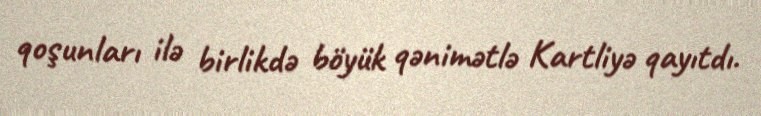
qoşunları ilə birlikdə böyük qənimətlə Kartliyə qayıtdı.